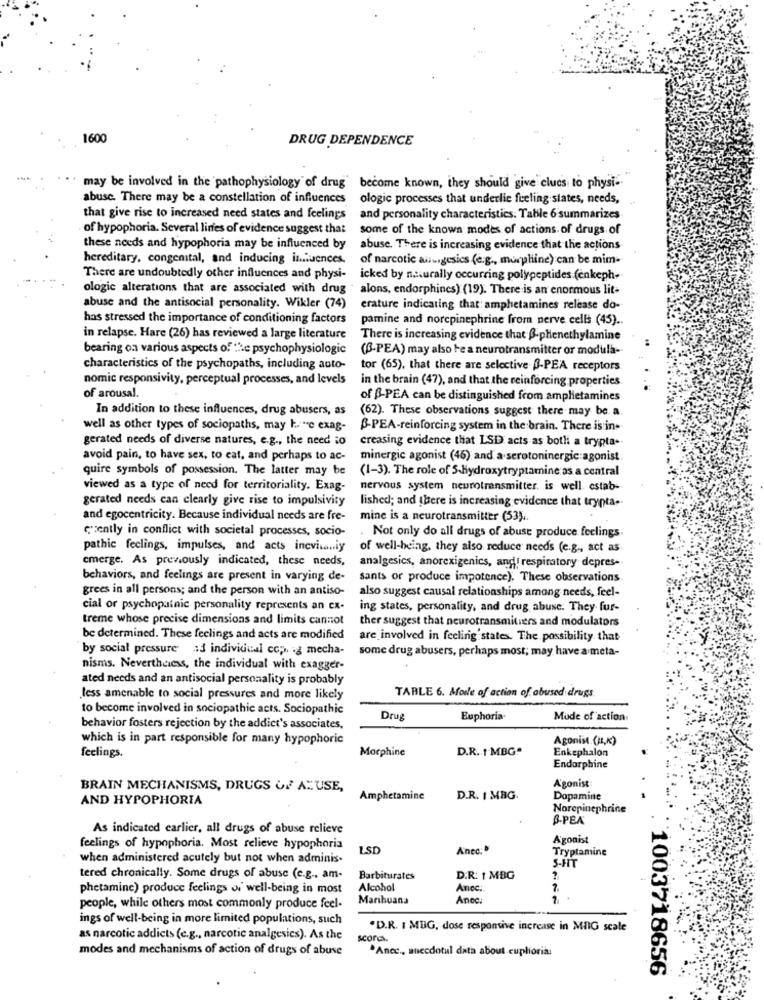
160
DRUG DEPENDENCE
may be involved in the pathophysiology of drug' become known, they should give clues to physi-
abuse. There may be a constellation of influences
ologic processes that underlie feeling slates, needs,
that give rise to increased need states and feelings
and personality characteristics. Table 6 summarizes
of hypophoria. Several lines of evidence suggest that
some of the known modes of actions. of drugs of
these needs and hypophoria may be influenced by
abuse. There is increasing evidence that the actions
hereditary, congenital, and inducing influences.
of narcotic auungesics (e.g ., morphine) can be mim-
There are undoubtedly other influences and physi-
icked by naturally occurring polypeptides (enkeph-
ologic alterations that are associated with drug alons, endorphines) (19). There is an enormous lit-
abuse and the antisocial personality. Wikler (74)
erature indicating that: amphetamines release do-
has stressed the importance of conditioning factors
pamine and norepinephrine from nerve cells (45) ..
in relapse. Hare (26) has reviewed a large literature
There is increasing evidence that ß-phenethylamine
bearing on various aspects of the psychophysiologie
(B-PEA) may also be a neurotransmitter or modula-
characteristics of the psychopaths, including auto-
tor (65), that there are selective -PEA receptors
nomic responsivity, perceptual processes, and levels
in the brain (47), and that the reinforcing properties
of arousal.
of B-PEA can be distinguished from amplietamines
In addition to these influences, drug abusers, as
(62). These observations suggest there may be a
well as other types of sociopaths, may have exag-
B-PEA-reinforcing system in the brain. There is in-
gerated needs of diverse natures, e.g ., the need to
creasing evidence that LSD acts as both a trypta-
avoid pain, to have sex, to eat, and perhaps to ac-
minergic agonist (46) and a serotoninergic agonist
quire symbols of possession. The latter may be
(1-3). The role of 5-Hydroxytryptamine as a central
viewed as a type of need for territoriality. Exag-
nervous system neurotransmitter. is well. estab-
gerated needs can clearly give rise to impulsivity
lished; and there is increasing evidence that trypta-
and egocentricity. Because individual needs are fre-
mine is a neurotransmitter (53).
czently in conflict with societal processes, socio-
. Not only do all drugs of abuse produce feelings.
pathic feelings, impulses, and acts incvisoniy
of well-being, they also reduce needs (e.g ., act as
cmerge. As prenously indicated, these needs,
analgesics, anorexigenics, and respiratory depres-
behaviors, and feelings are present in varying de-
sants or produce impotence), These observations
grees in all persons; and the person with an antiso-
also suggest causal relationships among needs, feel-
cial or psychopatnic personality represents an ex-
ing states, personality, and drug abuse. They fur-
treme whose precise dimensions and limits cannot
ther suggest that neurotransmitiers and modulators
be determined. These feelings and acts are modified
are involved in feeling states. The possibility that
by social pressure ad individual cop. .¿ mecha-
some drug abusers, perhaps most; may have a meta-
nisms. Nevertheless, the individual with exagger-
ated needs and an antisocial personality is probably
less amenable to social pressures and more likely
TABLE 6. More of action of abused drugs
to become involved in sociopathic acts. Sociopathic
Drug
Euphoria
Mude of action
behavior fosters rejection by the addict's associates,
which is in part responsible for many hypophoric
Agonist. (H.K)
feelings.
Morphine
D.R. 1 MBG.
Enkephalon
Endorphine
BRAIN MECHANISMS, DRUGS OF A"USE,
Agonist
AND HYPOPHORIA
Amphetamine
D.R. I MBG.
Dopamine
Norepinephrine
B-PEA
As indicated earlier, all drugs of abuse relieve
Agonist
feelings of hypophoria. Most relieve hypophoria
LSD
Anec:
Tryptamine
when administered acutely but not when adminis-
S-HT
tered chronically. Some drugs of abuse (e.g .. am-
Barbiturates
D.R: 1 MBG
phetamine) produce feelings of well-being in most
Alcohol
Anec.
Marihuana
Ance.
1
people, while others most commonly produce feel-
ings of well-being in more limited populations, such
.D.R. 1 MBG, dose responsive increase in MIG scale
as narcotic addicts (e.g ., narcotic analgesics). As the
scores.
modes and mechanisms of action of drugs of abuse
.Ancc ., anecdotul data about cuplioria:
1003718656